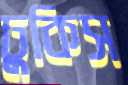
ঢুকিস